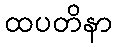
ထပတိနာ